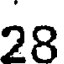
28